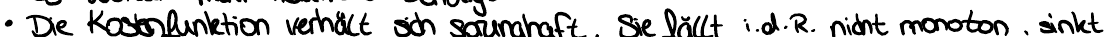
Die Kostenfunktion verhält sich sprunghaft, die fällt i.d.R. nicht monoton, sinkt